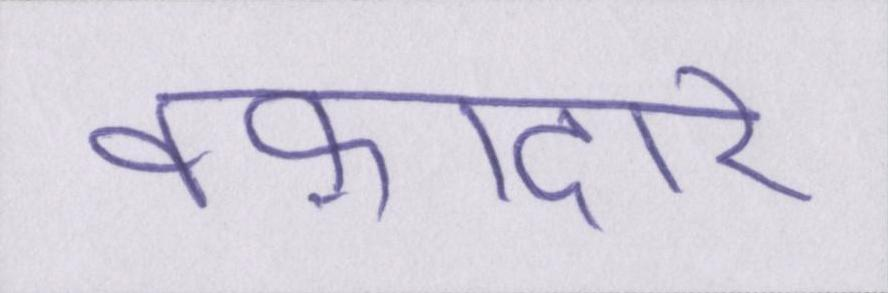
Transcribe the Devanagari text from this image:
वफ़ादार